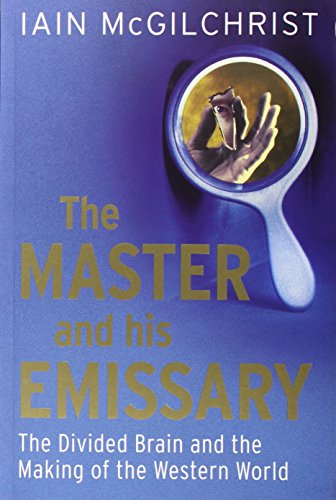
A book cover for The Master and His Emissary: The Divided Brain and the Making of the Western World; Iain McGilchrist; Medical Books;